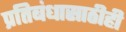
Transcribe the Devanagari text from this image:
प्रतिबंधासाठीही